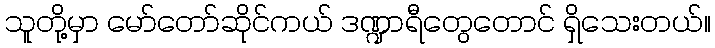
သူတို့မှာ မော်တော်ဆိုင်ကယ် ဒဏ္ဍာရီတွေတောင် ရှိသေးတယ်။